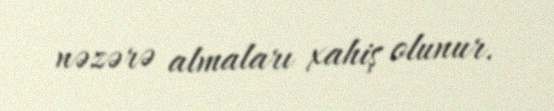
nəzərə almaları xahiş olunur.